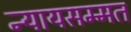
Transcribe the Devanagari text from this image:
न्यायसम्मत